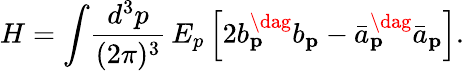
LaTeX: H=\int\! \frac{d^{3}p}{(2\pi)^{3}}\, E_{p}\left[2b_{\mathbf p}^{\dag}b_{\mathbf p}-{\bar{a}}_{\mathbf p}^{\dag}{\bar{a}}_{\mathbf p}\right].